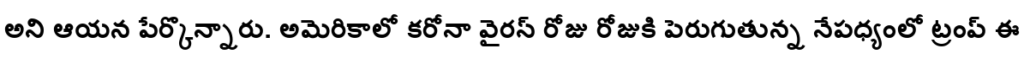
అని ఆయన పేర్కొన్నారు. అమెరికాలో కరోనా వైరస్ రోజు రోజుకి పెరుగుతున్న నేపధ్యంలో ట్రంప్ ఈ